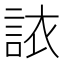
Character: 𫌻